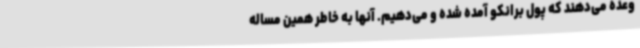
وعده می‌دهند که پول برانکو آمده شده و می‌دهیم. آنها به خاطر همین مساله